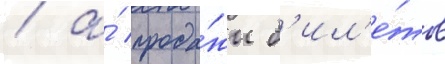
/ а́ прода́жи б'ил'е́тов